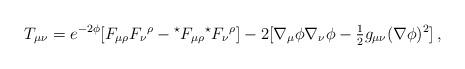
LaTeX: \begin{align*}T_{\mu\nu} =e^{-2\phi}[F_{\mu\rho}F_{\nu}{}^{\rho}-{}^{\star}F_{\mu\rho} {}^{\star}F_{\nu}{}^{\rho}]-2[\nabla_{\mu}\phi\nabla_{\nu}\phi-{\textstyle\frac{1}{2}}g_{\mu\nu}(\nabla\phi)^{2}]\, ,\end{align*}